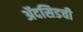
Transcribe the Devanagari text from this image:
ॲदसिडची